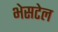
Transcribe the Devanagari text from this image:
भेसटेल